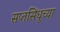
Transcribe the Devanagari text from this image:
सप्तसिंधूच्या